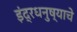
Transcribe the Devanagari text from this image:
इंद्रधनुष्याचे